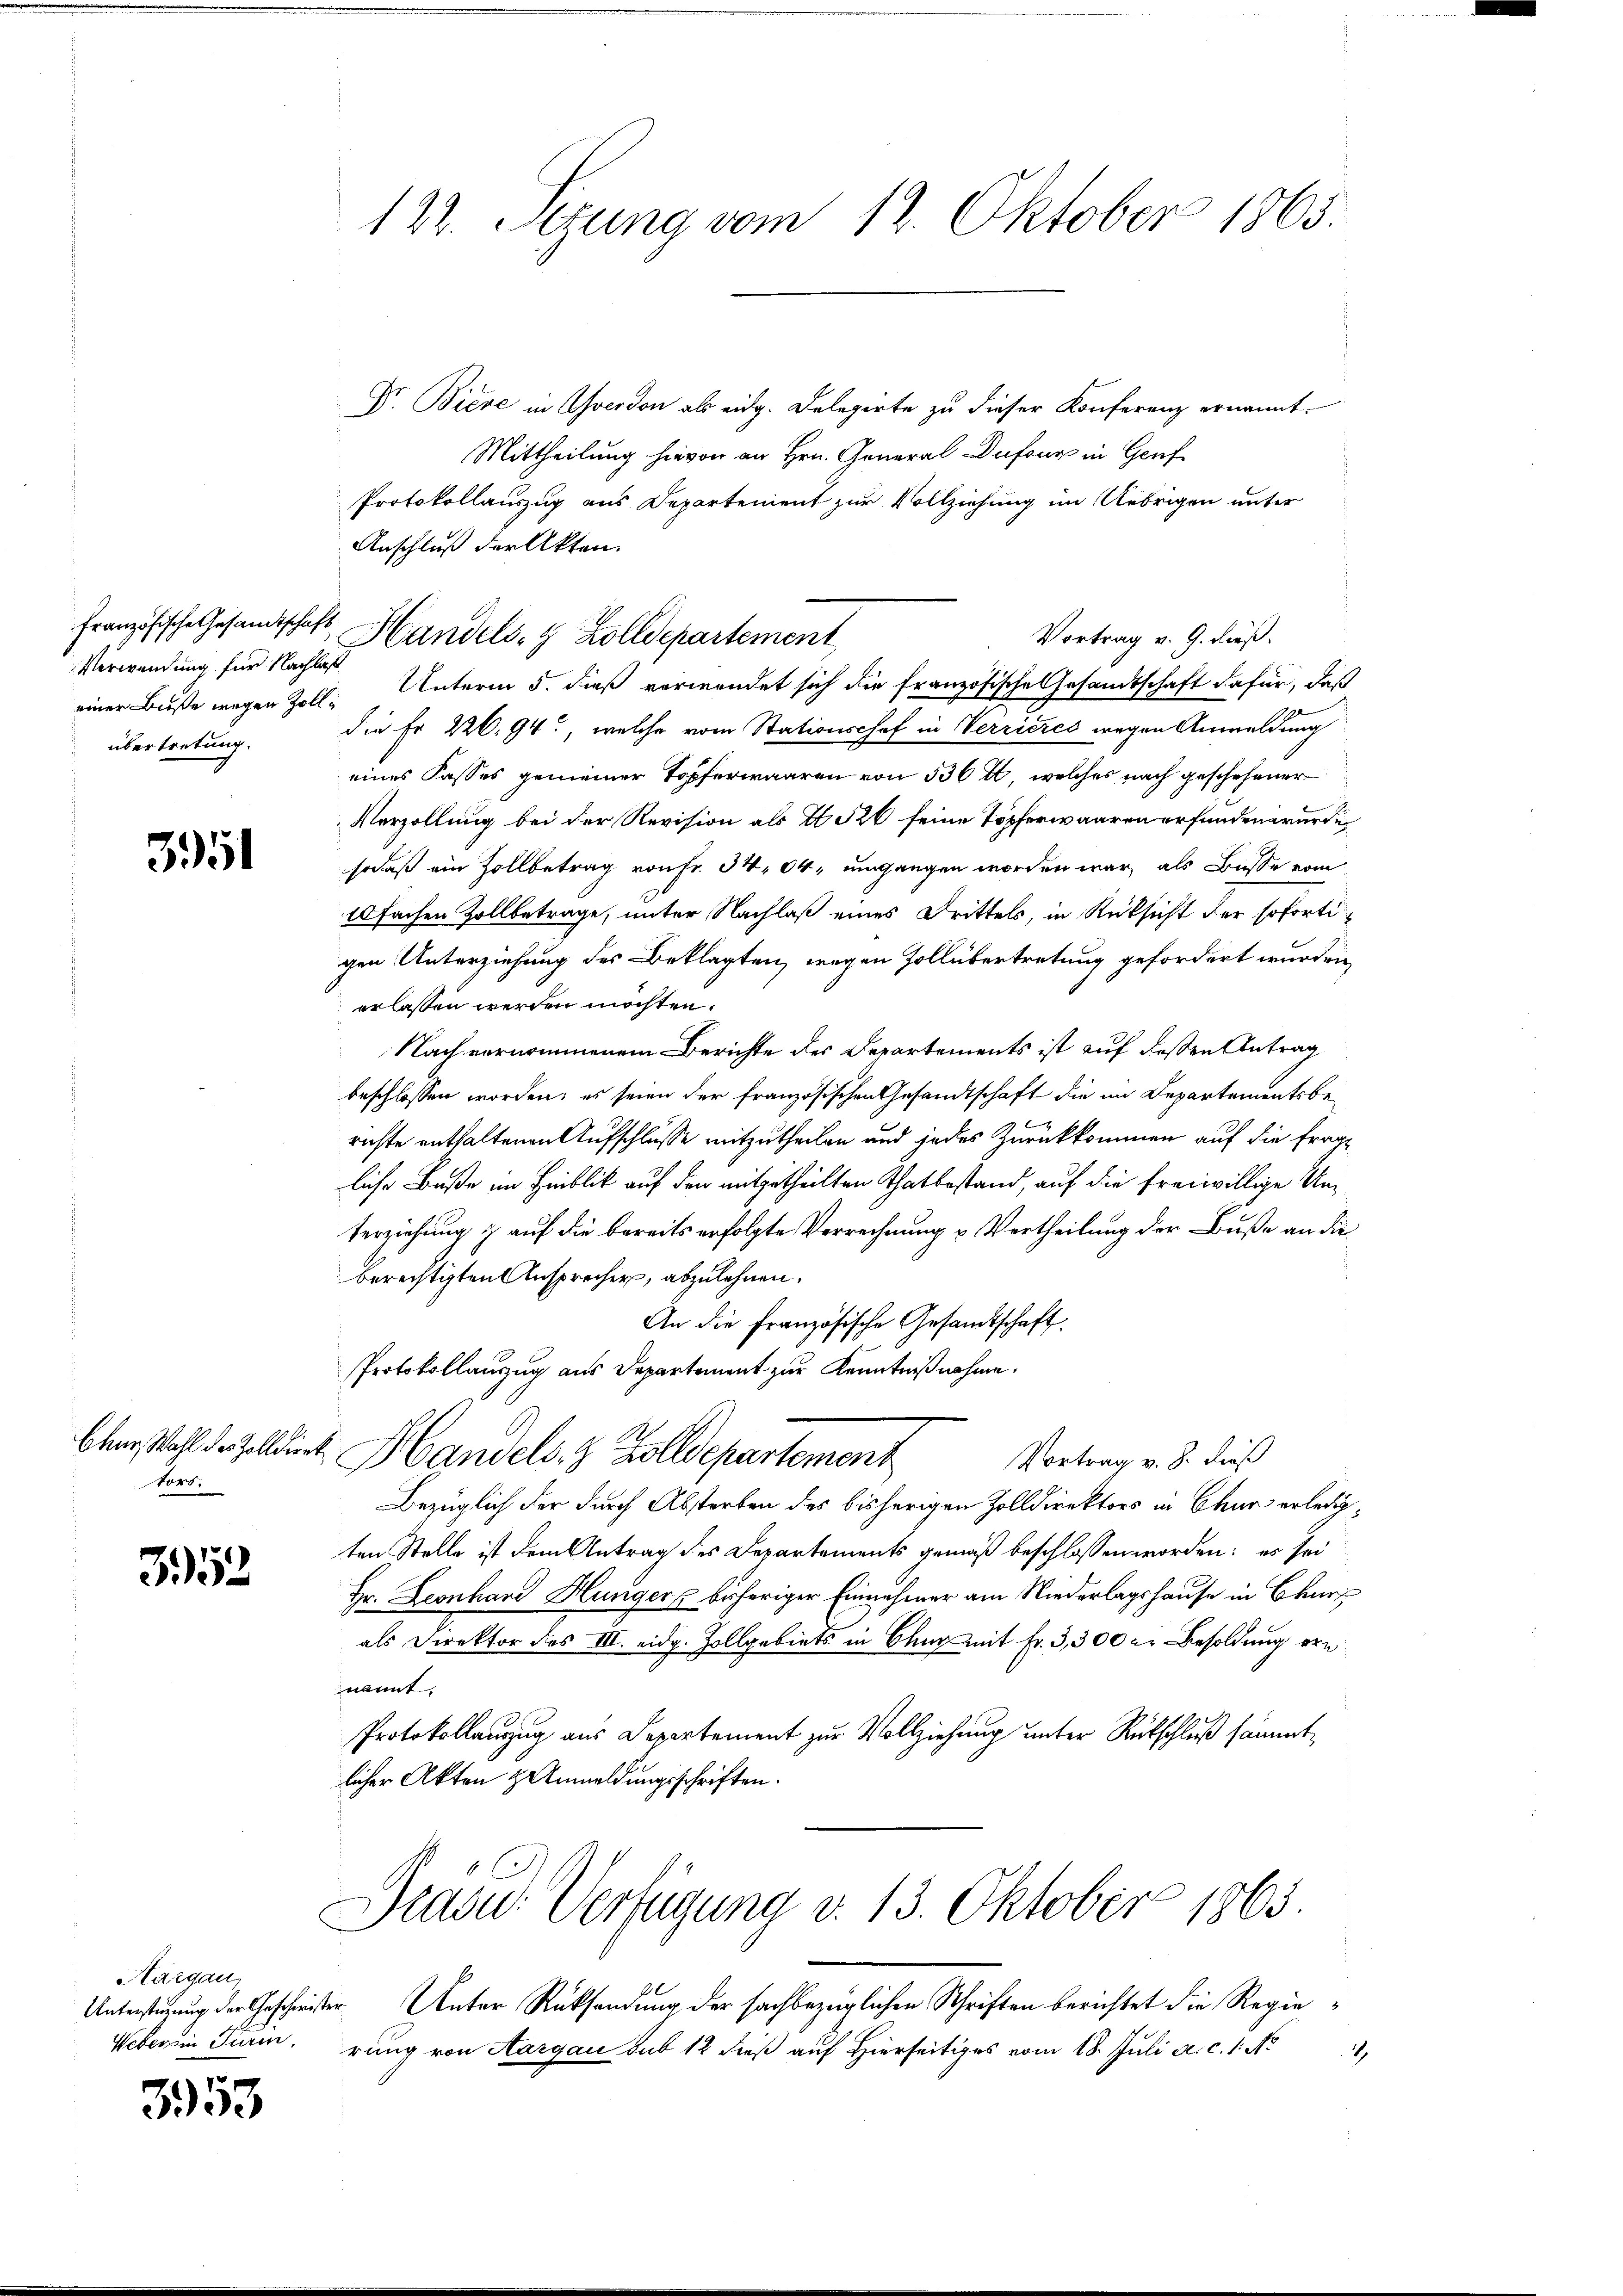
Verwendung für Nachlaß
übertretung.

351

tors.

352

Aargau,
Weber in Turin

3953

122. Setzung vom 12. Oktober 1865.

Französische Gesamtschaft Handels- & Zolldepartement

Dr. Biere in Averdon als eidg. Delegirte zu dieser Konferenz ernannt.
Mittheilung hievon an Hrn. General Dufour in Genf
Protokollauszug aus Departement zur Vollziehung im Uebrigen unter
Anschluß der Akten.
Vortrag v. G. dieß.
einer Buße wegen Zoll Unterm 5. dieß verwendet sich die französische Gesandtschaft dafür, daß
die Fr. 226.94., welche vom Stationschof in Verrieres wegen Anmeldung
eines Casses gemeiner Topferwaaren von 536 t, welches nach geschehener
Verzollung bei der Revision als I 326 seine Töpferwaaren erfunden wurde
sodaß ein Zollbetrag von Fr. 34,04, umgangen worden war, als Busse vom
10fachen Zollbetrage, unter Nachlaß eines Drittels, in Rüksicht der sofortigen Unterziehung des Beklagten, wegen Vollübertretung gefordert wurden,
erlassen werden möchten.
Nach vernommenem Berichte des Departements ist auf dessen Antrag
beschlossen worden; es seien der französischen Gesandtschaft die im Departementsberichte enthaltenen Aufschlüsse mitzutheilen und jedes Zurückkommen auf die fragliche Buße im Hinblick auf den mitgetheilten Thatbestand, auf die freiwillige Unterziehung & auf die bereits erfolgte Verrechnung u Vertheilung der Buße an die
berechtigten Ansprecher, abzulehnen.
An die französische Gesandtschaft
Protokollauszug aus Departement zur Kenntnißnahme.
blen Wahl der Zolldiert Handels- & Zolldepartement
Vortrag v. J. dieß
Bezüglich der durch Absterben des bisherigen Zolldirektors in Chur erledigten Stelle ist dem Antrag des Departements gemäß beschlossen worden; er sei
Hr. Leonhard Hunger bisheriger Einnehmer am Niederlagshause in Chur
als Direktor des III. eidg. Zollgebiets in Chur mit Fr. 3,300 in Besoldung ein
nannt.
Protokollanzug aus Departement zur Vollziehung unter Rutschluß sämmtlicher Akten Anmeldungsschriften.
Drasu Verfügung v. 13. Oktober 1863.
Untersterung der Geschwister Unter Rücksendung der sachbezüglichen Schriften berichtet die Regierung von Aargau sub 12 dieß auf Hierseitiges vom 18. Juli a. c. 1. No
1